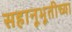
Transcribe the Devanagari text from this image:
सहानूभूतीच्या